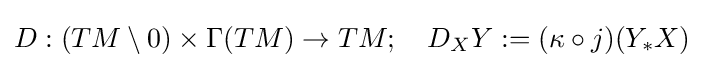
D:(TM\setminus 0)\times \Gamma (TM)\to TM;\quad D_{X}Y:=(\kappa \circ j)(Y_{*}X)